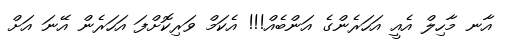
އާނ މާހިލް އެއީ އަހަރެންގެ އަންބެއް!!! އެކަމް ވަރިކޮށްފަ އަހަރެން އޭނަ އަށް